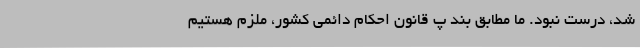
شد، درست نبود. ما مطابق بند پ قانون احکام دائمی کشور، ملزم هستیم